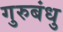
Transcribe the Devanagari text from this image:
गुरुबंधु